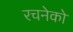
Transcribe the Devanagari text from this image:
रचनेको